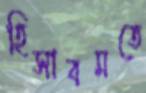
হিসাবমতে